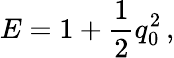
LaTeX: E=1+{\frac{1}{2}}q_{0}^{2}\, ,